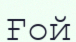
Ғой